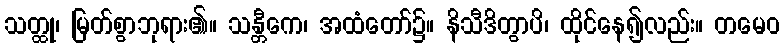
သတ္ထု၊ မြတ်စွာဘုရား၏။ သန္တီကေ၊ အထံတော်၌။ နိသီဒိတွာပိ၊ ထိုင်နေ၍လည်း။ တမေဝ